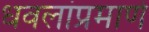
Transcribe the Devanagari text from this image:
धवलांप्रमाणे